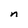
Character: n